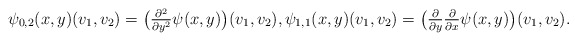
\begin{align*} \psi_{0,2}( x, y )( v_1, v_2 ) = \big( \tfrac{ \partial^2 }{ \partial y^2 } \psi( x, y ) \big)( v_1, v_2 ) , \psi_{ 1, 1 }( x, y )( v_1, v_2 ) = \big( \tfrac{ \partial }{ \partial y } \tfrac{ \partial }{ \partial x } \psi( x, y ) \big)( v_1, v_2 ) .\end{align*}